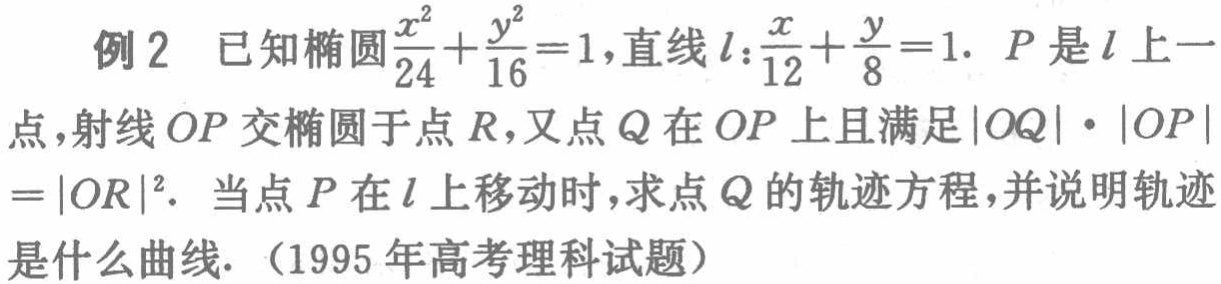
例2 已知椭圆$\frac{x^{2}}{24}+\frac{y^{2}}{16}=1$，直线$l:\frac{x}{12}+\frac{y}{8}=1.$ $P$是$l$上一点，射线$OP$交椭圆于点$R$，又点$Q$在$OP$上且满足$|OQ|\cdot|OP| =|OR|^{2}.$ 当点$P$在$l$上移动时，求点$Q$的轨迹方程，并说明轨迹是什么曲线. （1995年高考理科试题）